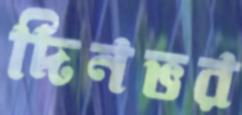
দিনভর